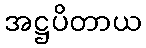
အဋ္ဌပိတာယ